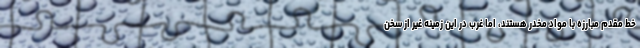
خط مقدم مبارزه با مواد مخدر هستند، اما غرب در این زمینه غیر از سخن